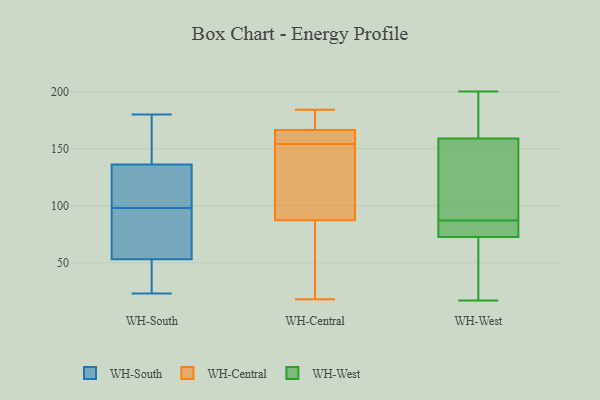
{"axis": {"x": "Latency (ms)", "y": "Value"}, "legend": ["WH-Central", "WH-South", "WH-West"], "data": [{"x": "", "y": 165, "type": "WH-South"}, {"x": "", "y": 146, "type": "WH-South"}, {"x": "", "y": 53, "type": "WH-South"}, {"x": "", "y": 102, "type": "WH-South"}, {"x": "", "y": 136, "type": "WH-South"}, {"x": "", "y": 143, "type": "WH-South"}, {"x": "", "y": 97, "type": "WH-South"}, {"x": "", "y": 28, "type": "WH-South"}, {"x": "", "y": 180, "type": "WH-South"}, {"x": "", "y": 91, "type": "WH-South"}, {"x": "", "y": 128, "type": "WH-South"}, {"x": "", "y": 102, "type": "WH-South"}, {"x": "", "y": 23, "type": "WH-South"}, {"x": "", "y": 41, "type": "WH-South"}, {"x": "", "y": 99, "type": "WH-South"}, {"x": "", "y": 85, "type": "WH-South"}, {"x": "", "y": 81, "type": "WH-South"}, {"x": "", "y": 49, "type": "WH-South"}, {"x": "", "y": 94, "type": "WH-Central"}, {"x": "", "y": 176, "type": "WH-Central"}, {"x": "", "y": 154, "type": "WH-Central"}, {"x": "", "y": 178, "type": "WH-Central"}, {"x": "", "y": 31, "type": "WH-Central"}, {"x": "", "y": 184, "type": "WH-Central"}, {"x": "", "y": 79, "type": "WH-Central"}, {"x": "", "y": 18, "type": "WH-Central"}, {"x": "", "y": 90, "type": "WH-Central"}, {"x": "", "y": 163, "type": "WH-Central"}, {"x": "", "y": 163, "type": "WH-Central"}, {"x": "", "y": 160, "type": "WH-Central"}, {"x": "", "y": 106, "type": "WH-Central"}, {"x": "", "y": 48, "type": "WH-West"}, {"x": "", "y": 190, "type": "WH-West"}, {"x": "", "y": 84, "type": "WH-West"}, {"x": "", "y": 146, "type": "WH-West"}, {"x": "", "y": 200, "type": "WH-West"}, {"x": "", "y": 174, "type": "WH-West"}, {"x": "", "y": 86, "type": "WH-West"}, {"x": "", "y": 87, "type": "WH-West"}, {"x": "", "y": 161, "type": "WH-West"}, {"x": "", "y": 23, "type": "WH-West"}, {"x": "", "y": 73, "type": "WH-West"}, {"x": "", "y": 126, "type": "WH-West"}, {"x": "", "y": 72, "type": "WH-West"}, {"x": "", "y": 58, "type": "WH-West"}, {"x": "", "y": 77, "type": "WH-West"}, {"x": "", "y": 87, "type": "WH-West"}, {"x": "", "y": 118, "type": "WH-West"}, {"x": "", "y": 17, "type": "WH-West"}, {"x": "", "y": 200, "type": "WH-West"}, {"x": "", "y": 157, "type": "WH-West"}]}